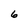
Character: 6